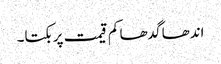
اندھا گدھا کم قیمت پر بکتا۔